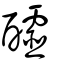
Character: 醽